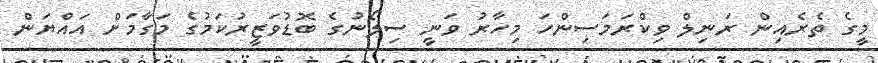
މީގެ ތެރެއިން ރަނިލް ވިކްރަމަސިންހަ މިހާރު ވަނީ ސިލޯނުގެ ބޮޑުވަޒީރުކަމުގެ މަގާމަށް އައްޔަން